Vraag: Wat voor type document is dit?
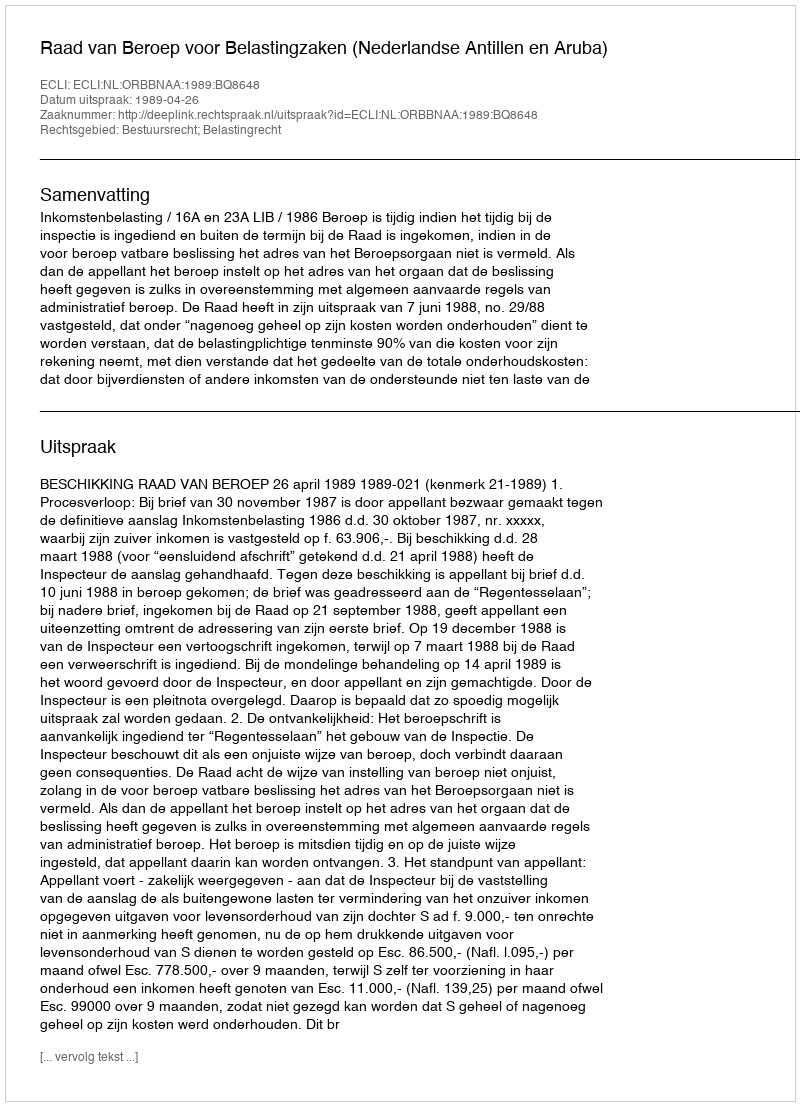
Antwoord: Uitspraak